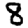
Digit: 8